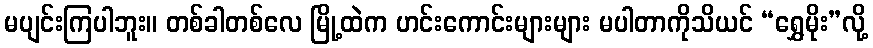
မပျင်းကြပါဘူး။ တစ်ခါတစ်လေ မြို့ထဲက ဟင်းကောင်းများများ မပါတာကိုသိယင် “ရွှေမိုး”လို့